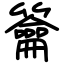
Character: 籥